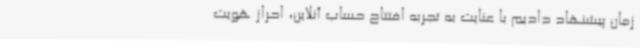
زمان پیشنهاد دادیم با عنایت به تجربه افتتاح حساب آنلاین، احراز هویت